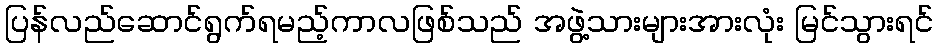
ပြန်လည်ဆောင်ရွက်ရမည့်ကာလဖြစ်သည် အဖွဲ့သားများအားလုံး မြင်သွားရင်